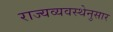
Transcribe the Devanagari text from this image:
राज्यव्यवस्थेनुसार